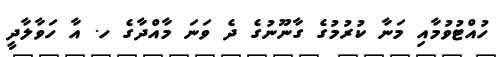
ހުއްޓުވުމާއި މަނާ ކުރުމުގެ ގާނޫނުގެ ދެ ވަނަ މާއްދާގެ ހ. އާ ހަވާލާދީ